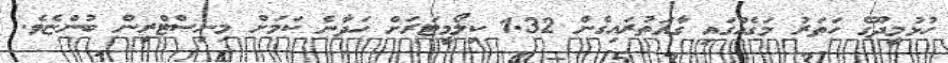
ހުޅުމީދޫގެ ހަތަރު މަގެއްގައި ގާއަތުރައިގެން 1.32 ކިލޯމީޓަރަށް ހަދާނެ ކަމަށް މިނިސްޓްރީން ބުންޏެވެ.